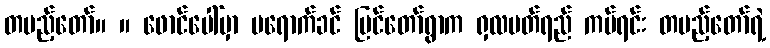
တပည့်တော်။ ။ ဖောင်ပေါ်မှာ မရောက်ခင် မြင်တော်ရွာက ရှလပတ်ရည် ကပ်ရင်း တပည့်တော်ရဲ့